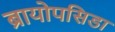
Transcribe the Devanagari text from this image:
ब्रायोपसिडा